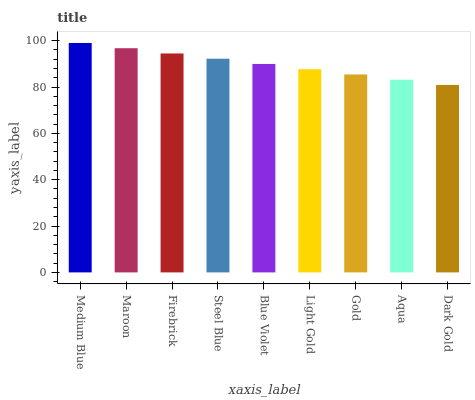
| xaxis_label | bars |
 | --- | --- |
 | Medium Blue | 99 |
 | Maroon | 96.7 |
 | Firebrick | 94.5 |
 | Steel Blue | 92.2 |
 | Blue Violet | 89.9 |
 | Light Gold | 87.7 |
 | Gold | 85.4 |
 | Aqua | 83.2 |
 | Dark Gold | 80.9 |